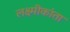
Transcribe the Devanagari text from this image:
लक्ष्मीकांता